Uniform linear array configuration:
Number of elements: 4
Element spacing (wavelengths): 0.5
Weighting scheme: kaiser
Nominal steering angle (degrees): -60
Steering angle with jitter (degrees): -59.633
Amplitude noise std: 0.05
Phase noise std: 0.05

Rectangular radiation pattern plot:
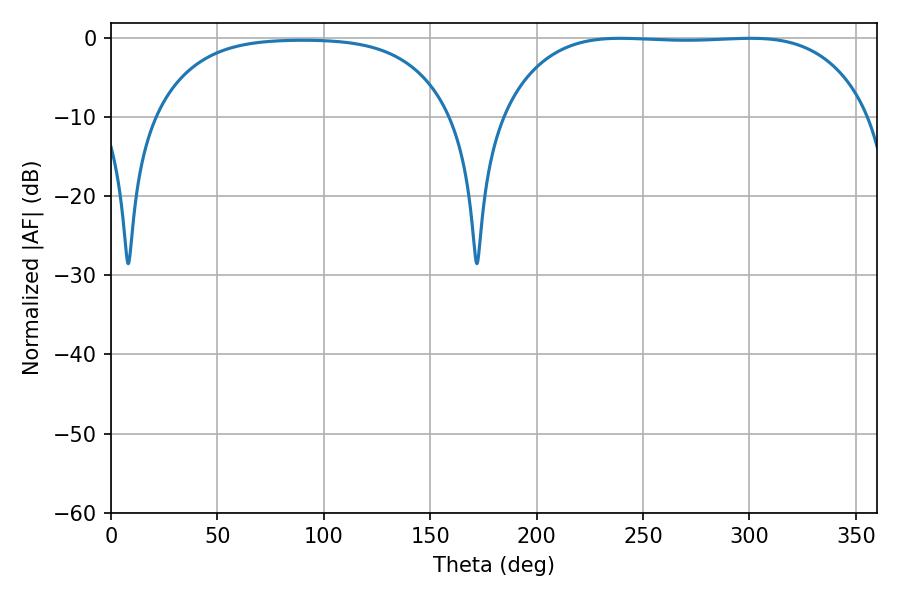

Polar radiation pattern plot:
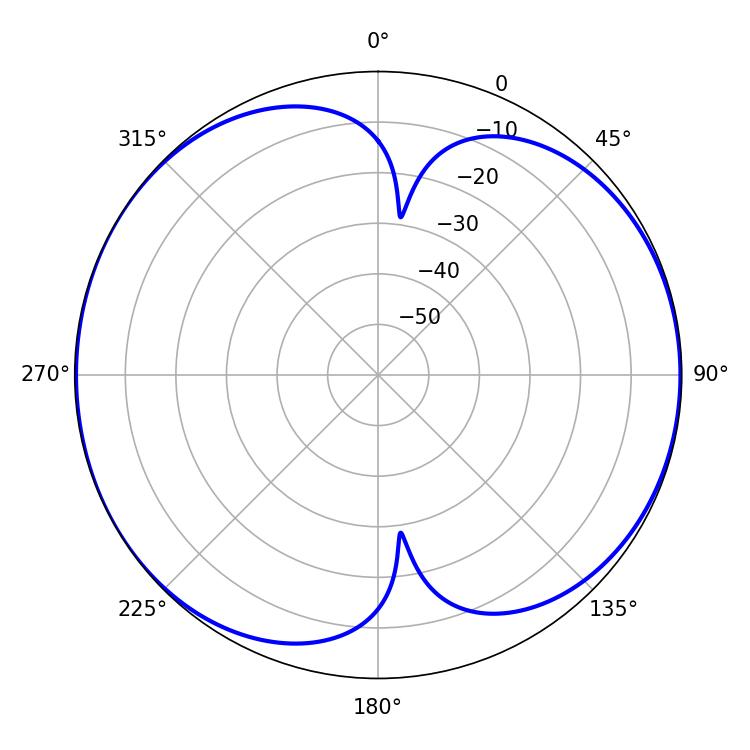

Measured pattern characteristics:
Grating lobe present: FALSE
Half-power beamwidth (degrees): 134.64
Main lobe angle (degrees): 239.4